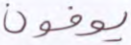
يوفون